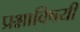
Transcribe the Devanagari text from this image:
प्रश्नाविषयी